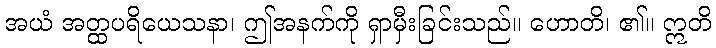
အယံ အတ္ထပရိယေသနာ၊ ဤအနက်ကို ရှာမှီးခြင်းသည်။ ဟောတိ၊ ၏။ ဣတိ